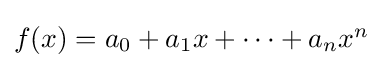
{\textstyle f(x)=a_{0}+a_{1}x+\cdots +a_{n}x^{n}}